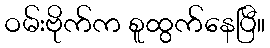
ဝမ်းဗိုက်က စူထွက်နေပြီ။